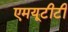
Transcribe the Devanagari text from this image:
एमयूटीटी